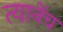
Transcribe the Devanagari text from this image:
त्यानेंच